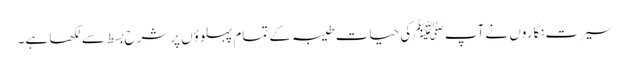
سیرت نگاروں نے آپ ﷺ کی حیات طیبہ کے تمام پہلوؤں پرشرح بسط سےلکھا ہے۔